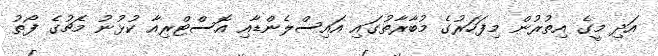
އަދި މީގެ އިތުރުން މިފަހަރުގެ މުބާރާތުގައި އައިސްލެންޑާއި އޮސްޓްރިއާ ކުޅުނު މެޗުގެ ފޯތު